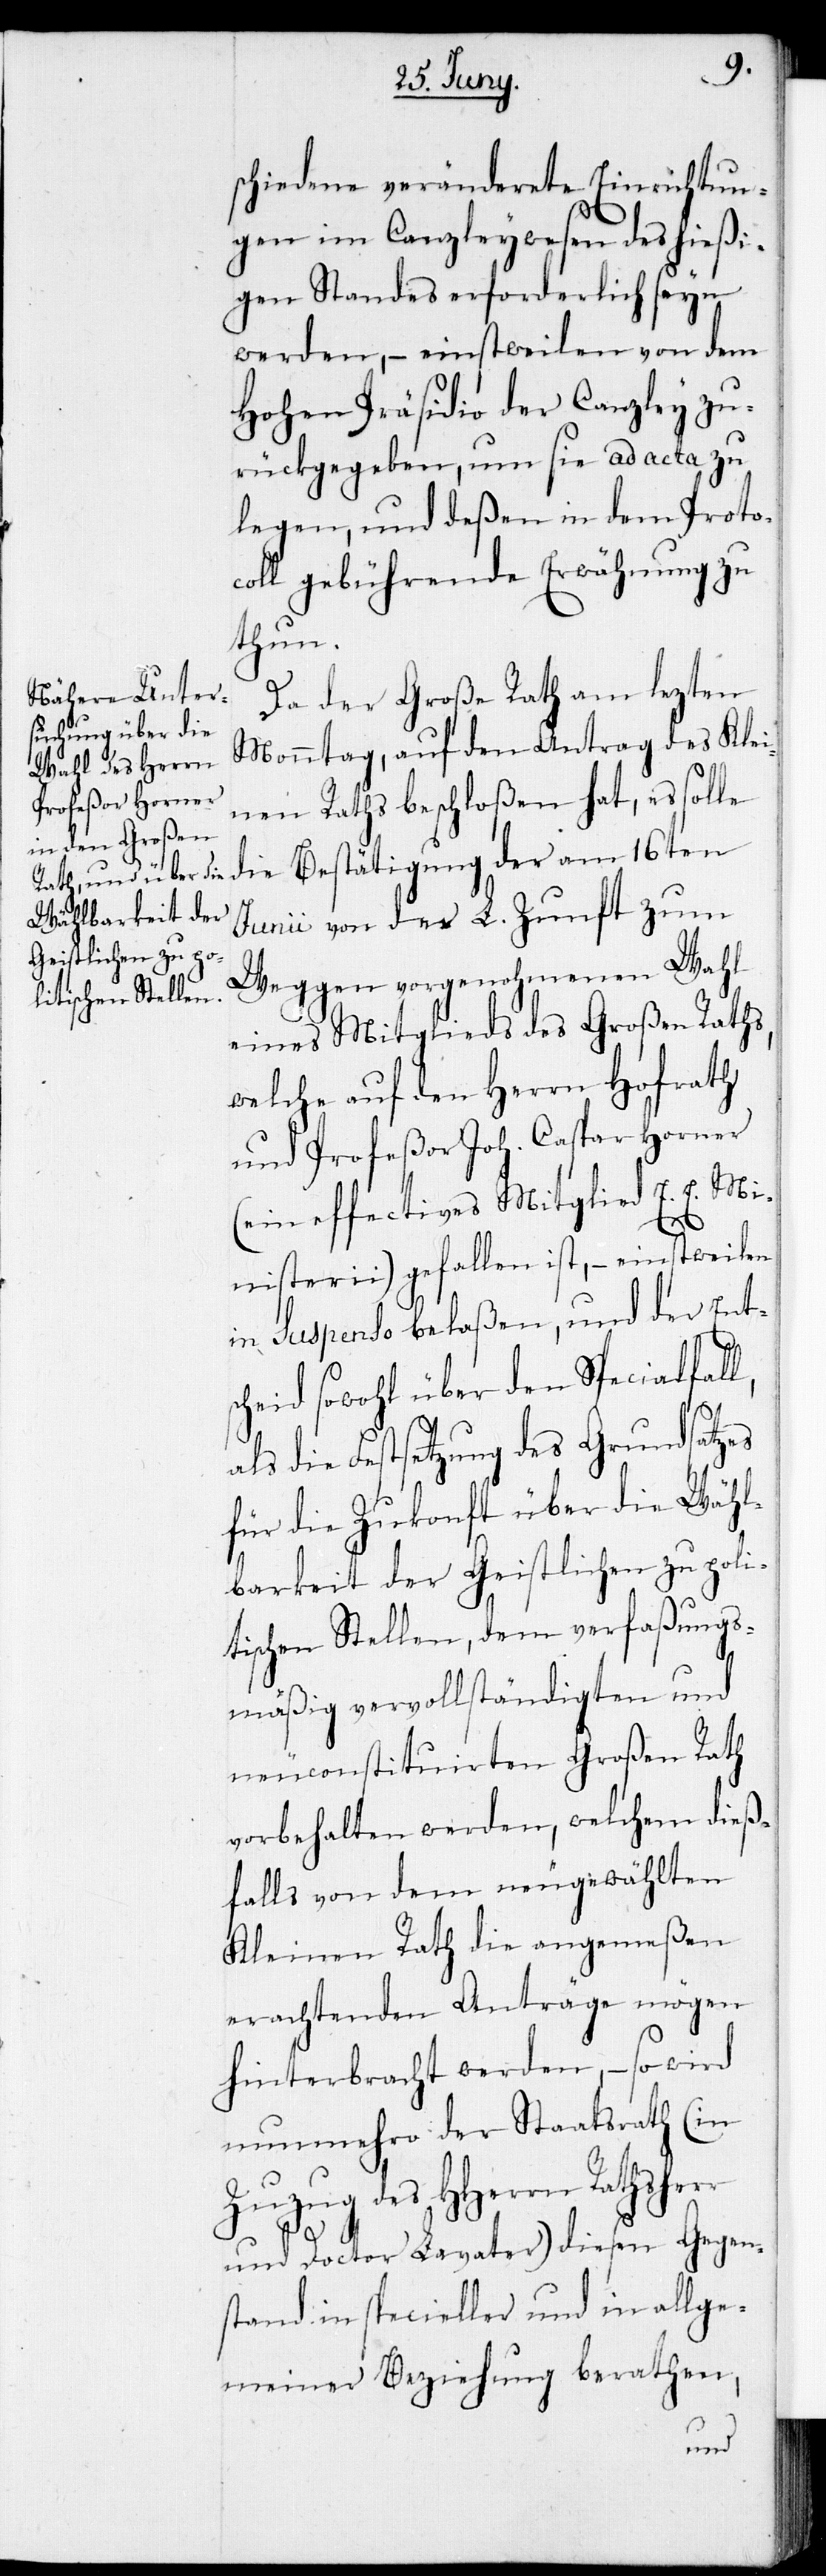
schiedene veränderte Einrichtun¬
gen im Canzleywesen des hießi¬
gen Standes erforderlich seyn
werden, – einstweilen von dem
Hohen Präsidio der Canzley zu¬
rückgegeben, um sie ad acta zu
legen, und deßen in dem Proto¬
coll gebührende Erwähnung zu
thun.
Da der Große Rath am lezten
Monntag, auf den Antrag des Klei¬
nen Raths beschloßen hat, es solle
die Bestätigung der am 16ten
Junii von der L. Zunft zum
Weggen vorgenohmenen Wahl
eines Mitglieds des Großen Raths,
welche auf den Herrn Hofrath
und Profeßor Joh. Caspar Horner
(ein effectives Mitglied E. E. Mi¬
nisterii) gefallen ist, – einstweilen
in Suspendo belaßen, und der Ents¬
cheid sowohl über den Specialfall,
als die Festsetzung des Grundsatzes
für die Zukonft über die Wähl¬
barkeit der Geistlichen zu poli¬
tischen Stellen, dem verfaßungs¬
mäßig vervollständigten und
neuconstituirten Großen Rath
vorbehalten werden, welchem dieß¬
falls von dem neugewählten
Kleinen Rath die angemeßen
erachtenden Anträge mögen
hinterbracht werden, – so wird
nunmehro der Staatsrath (in
Zuzug des HHerrn Rathsherr
und Doctor Lavater) diesen Gegen¬
stand in specieller und in allge¬
meiner Beziehung berathen,